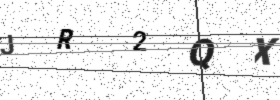
Text: JR2QX